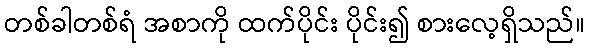
တစ်ခါတစ်ရံ အစာကို ထက်ပိုင်း ပိုင်း၍ စားလေ့ရှိသည်။